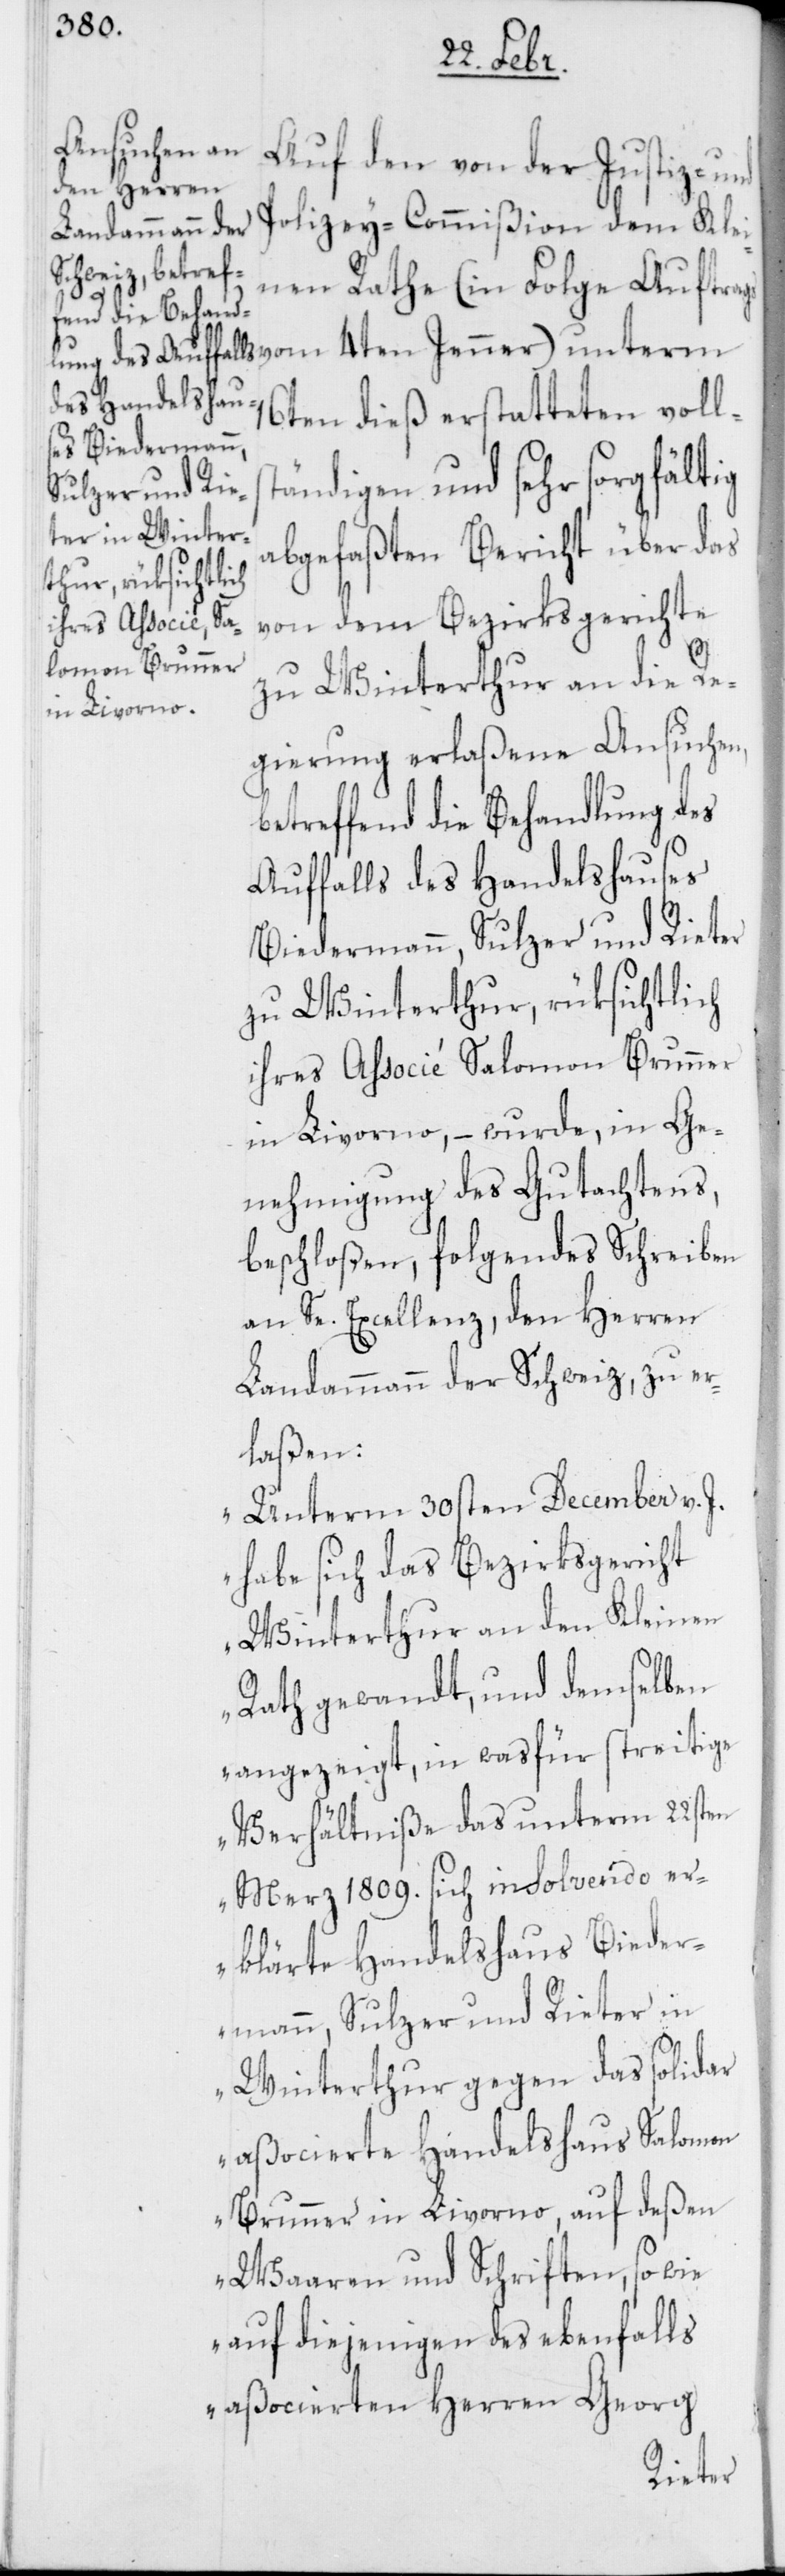
Auf den von der Justiz- und
Polizey-Commißion dem Klei¬
nen Rathe (in Folge Auftrags
16ten dieß erstatteten volls¬
tändigen und sehr sorgfältig
abgefaßten Bericht über das
von dem Bezirksgerichte
zu Winterthur an die Re¬
gierung erlaßene Ansuchen,
betreffend die Behandlung des
Auffalls des Handelshauses
Biedermann, Sulzer und Rieter
zu Winterthur, rüksichtlich
ihres Associé Salomon Brunner
in Livorno, – wurde, in Ge¬
nehmigung des Gutachtens,
beschloßen, folgendes Schreiben
an Se. Excellenz, den Herren
Landammann der Schweiz, zu er¬
laßen:
„Unterm 30sten December v. J.
habe sich das Bezirksgericht
Winterthur an den Kleinen
Rath gewandt, und demselben
angezeigt, in wasfür streitige
Verhältniße das unterm 22sten
Merz 1809. sich insolvendo er¬
klärte Handelshaus Bieder¬
mann, Sulzer und Rieter in
Winterthur gegen das solidar
aßocierte Handelshaus Salomon
Brunner in Livorno, auf deßen
Waaren und Schriften, sowie
auf diejenigen des ebenfalls
aßocierten Herren Georg